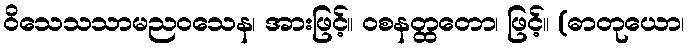
ဝိသေသသာမညဝသေန၊ အားဖြင့်။ ဝစနတ္ထတော၊ ဖြင့်။ (ဓာတုယော၊